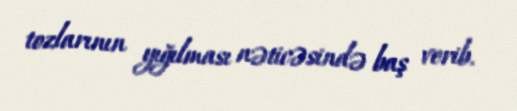
tozlarının yığılması nəticəsində baş verib.